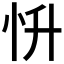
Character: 𢗢